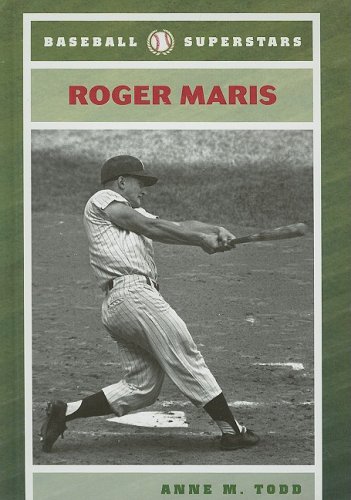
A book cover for Roger Maris (Baseball Superstars); Anne M. Todd; Teen & Young Adult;